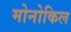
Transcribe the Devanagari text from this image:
मोनोकिल